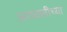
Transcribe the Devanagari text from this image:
अरावलीच्या